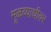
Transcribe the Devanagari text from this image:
मूळव्याधीवर